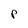
Character: P